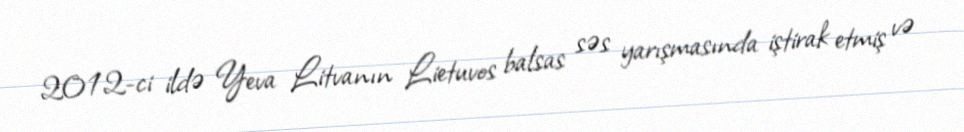
2012-ci ildə Yeva Litvanın Lietuvos balsas səs yarışmasında iştirak etmiş və